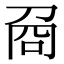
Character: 𠱛